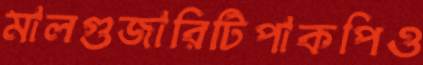
মালগুজারিটিপাকপিও